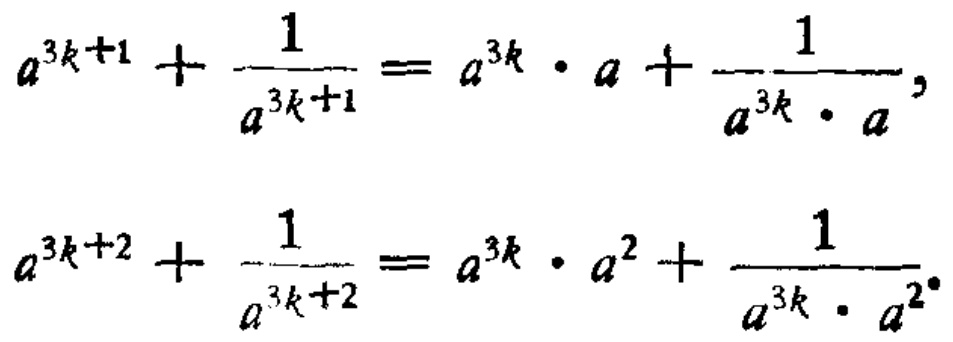
\[
\begin{align*}
a^{3k + 1}+\frac{1}{a^{3k + 1}}&=a^{3k}\cdot a+\frac{1}{a^{3k}\cdot a},\\
a^{3k + 2}+\frac{1}{a^{3k + 2}}&=a^{3k}\cdot a^{2}+\frac{1}{a^{3k}\cdot a^{2}}.
\end{align*}
\]